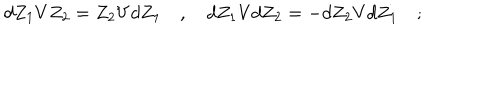
d Z _ { 1 } V Z _ { 2 } = Z _ { 2 } V d Z _ { 1 } \quad , \quad d Z _ { 1 } V d Z _ { 2 } = - d Z _ { 2 } V d Z _ { 1 } \quad ;